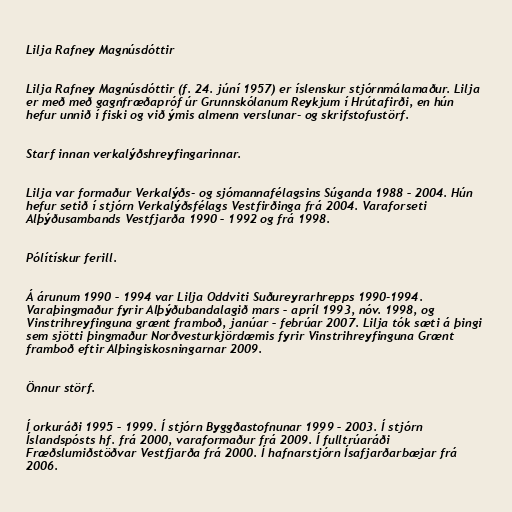
Lilja Rafney Magnúsdóttir

Lilja Rafney Magnúsdóttir (f. 24. júní 1957) er íslenskur stjórnmálamaður. Lilja
er með með gagnfræðapróf úr Grunnskólanum Reykjum í Hrútafirði, en hún
hefur unnið í fiski og við ýmis almenn verslunar- og skrifstofustörf.

Starf innan verkalýðshreyfingarinnar.

Lilja var formaður Verkalýðs- og sjómannafélagsins Súganda 1988 – 2004. Hún
hefur setið í stjórn Verkalýðsfélags Vestfirðinga frá 2004. Varaforseti
Alþýðusambands Vestfjarða 1990 – 1992 og frá 1998.

Pólítískur ferill.

Á árunum 1990 – 1994 var Lilja Oddviti Suðureyrarhrepps 1990-1994.
Varaþingmaður fyrir Alþýðubandalagið mars – apríl 1993, nóv. 1998, og
Vinstrihreyfinguna grænt framboð, janúar – febrúar 2007. Lilja tók sæti á þingi
sem sjötti þingmaður Norðvesturkjördæmis fyrir Vinstrihreyfinguna Grænt
framboð eftir Alþingiskosningarnar 2009.

Önnur störf.

Í orkuráði 1995 – 1999. Í stjórn Byggðastofnunar 1999 – 2003. Í stjórn
Íslandspósts hf. frá 2000, varaformaður frá 2009. Í fulltrúaráði
Fræðslumiðstöðvar Vestfjarða frá 2000. Í hafnarstjórn Ísafjarðarbæjar frá
2006.